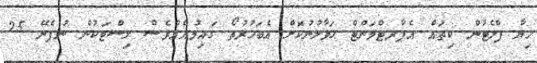
ހިޔާ ފްލެޓުން ކިތައް އެޕާރޓްމަންޓް ޙަވާލުނުކޮށް އެބަހުރުތޯ ގައިމުއެއްވެސް ލިސްޓަކުން ނުފެނޭ 25